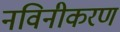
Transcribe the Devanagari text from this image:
नविनीकरण